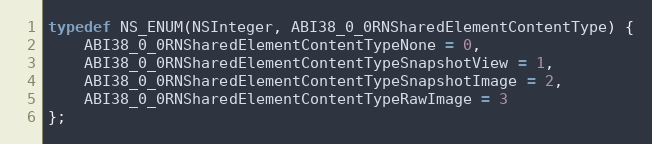
Language: C
typedef NS_ENUM(NSInteger, ABI38_0_0RNSharedElementContentType) {
    ABI38_0_0RNSharedElementContentTypeNone = 0,
    ABI38_0_0RNSharedElementContentTypeSnapshotView = 1,
    ABI38_0_0RNSharedElementContentTypeSnapshotImage = 2,
    ABI38_0_0RNSharedElementContentTypeRawImage = 3
};